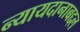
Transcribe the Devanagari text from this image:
न्यायदानाबद्दल